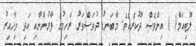
ލޫޓިއަމް( ) އިންވެސް ދޫކުރެއެވެ. މާބަނޑު ދުވަސްވަރު ރަހިމުގެ ފާރުންނާއި އަދި ވިހާއިރު